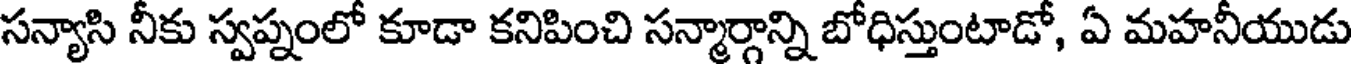
సన్యాసి నీకు స్వప్నంలో కూడా కనిపించి సన్మార్గాన్ని బోధిస్తుంటాడో, ఏ మహనీయుడు